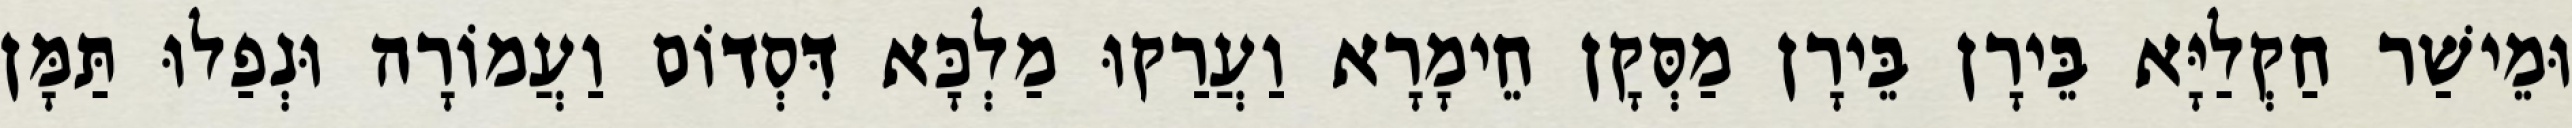
וּמֵישַׁר חַקְלַיָּא בֵּירָן בֵּירָן מַסְּקָן חֵימָרָא וַעֲרַקוּ מַלְכָּא דִּסְדוֹם וַעֲמוֹרָה וּנְפַלוּ תַּמָּן